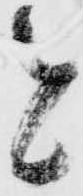
と